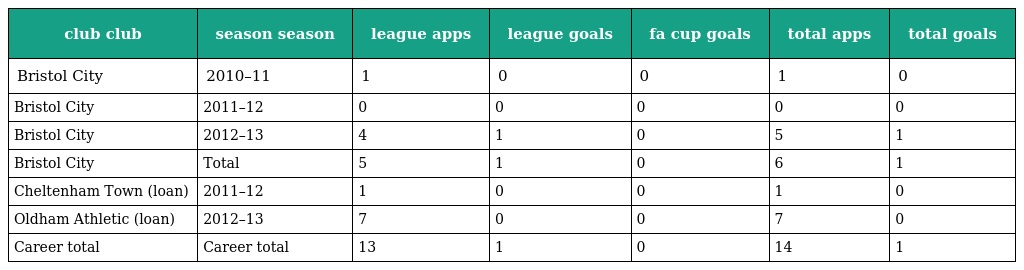
| club club | season season | league apps | league goals | fa cup goals | total apps | total goals |
 | --- | --- | --- | --- | --- | --- | --- |
 | Bristol City | 2010–11 | 1 | 0 | 0 | 1 | 0 |
 | Bristol City | 2011–12 | 0 | 0 | 0 | 0 | 0 |
 | Bristol City | 2012–13 | 4 | 1 | 0 | 5 | 1 |
 | Bristol City | Total | 5 | 1 | 0 | 6 | 1 |
 | Cheltenham Town (loan) | 2011–12 | 1 | 0 | 0 | 1 | 0 |
 | Oldham Athletic (loan) | 2012–13 | 7 | 0 | 0 | 7 | 0 |
 | Career total | Career total | 13 | 1 | 0 | 14 | 1 |